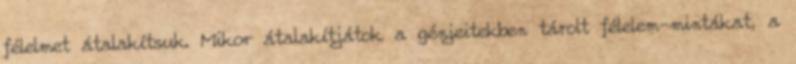
félelmet átalakítsuk. Mikor átalakítjátok a génjeitekben tárolt félelem-mintákat, a